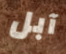
آبل